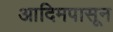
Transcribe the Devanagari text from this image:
आदिमपासून